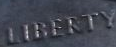
LIBERTY